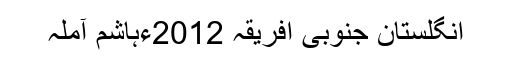
انگلستان جنوبی افریقہ 2012ءہاشم آملہ